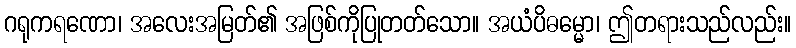
ဂရုကရဏော၊ အလေးအမြတ်၏ အဖြစ်ကိုပြုတတ်သော။ အယံပိဓမ္မော၊ ဤတရားသည်လည်း။